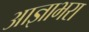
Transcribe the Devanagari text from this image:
आज्ञाभरा